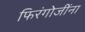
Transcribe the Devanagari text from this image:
फिरंगोजींना